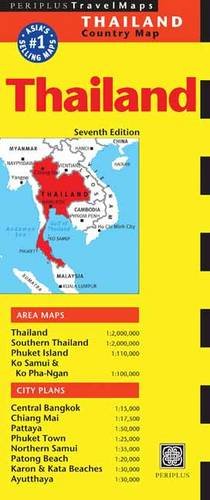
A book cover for Thailand Travel Map Seventh Edition (Periplus Travelmaps); Travel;